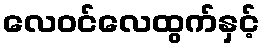
လေဝင်လေထွက်နှင့်